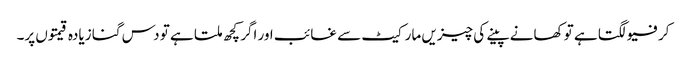
کرفیو لگتا ہے تو کھانے پینے کی چیزیں مارکیٹ سے غائب اور اگر کچھ ملتا ہے تو دس گنا زیادہ قیمتوں پر۔